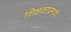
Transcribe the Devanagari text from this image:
शिक्षकाप्रमाणे